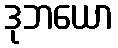
ဒုဘယော